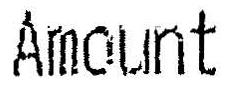
AMOUNT